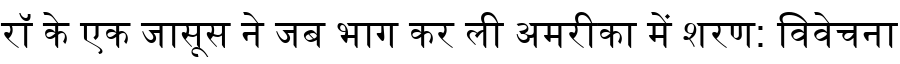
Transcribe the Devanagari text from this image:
रॉ के एक जासूस ने जब भाग कर ली अमरीका में शरण: विवेचना